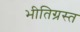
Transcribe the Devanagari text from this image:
भीतिग्रस्त